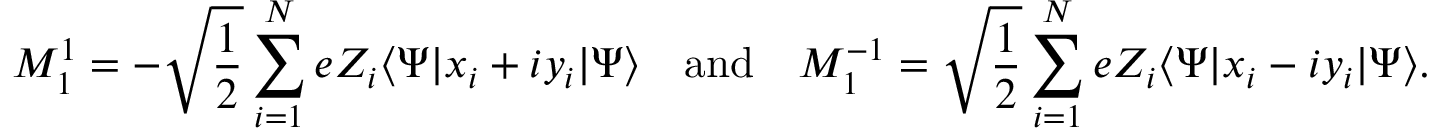
M _ { 1 } ^ { 1 } = - { \sqrt { \frac { 1 } { 2 } } } \sum _ { i = 1 } ^ { N } e Z _ { i } \langle \Psi | x _ { i } + i y _ { i } | \Psi \rangle \quad { \mathrm { a n d } } \quad M _ { 1 } ^ { - 1 } = { \sqrt { \frac { 1 } { 2 } } } \sum _ { i = 1 } ^ { N } e Z _ { i } \langle \Psi | x _ { i } - i y _ { i } | \Psi \rangle .